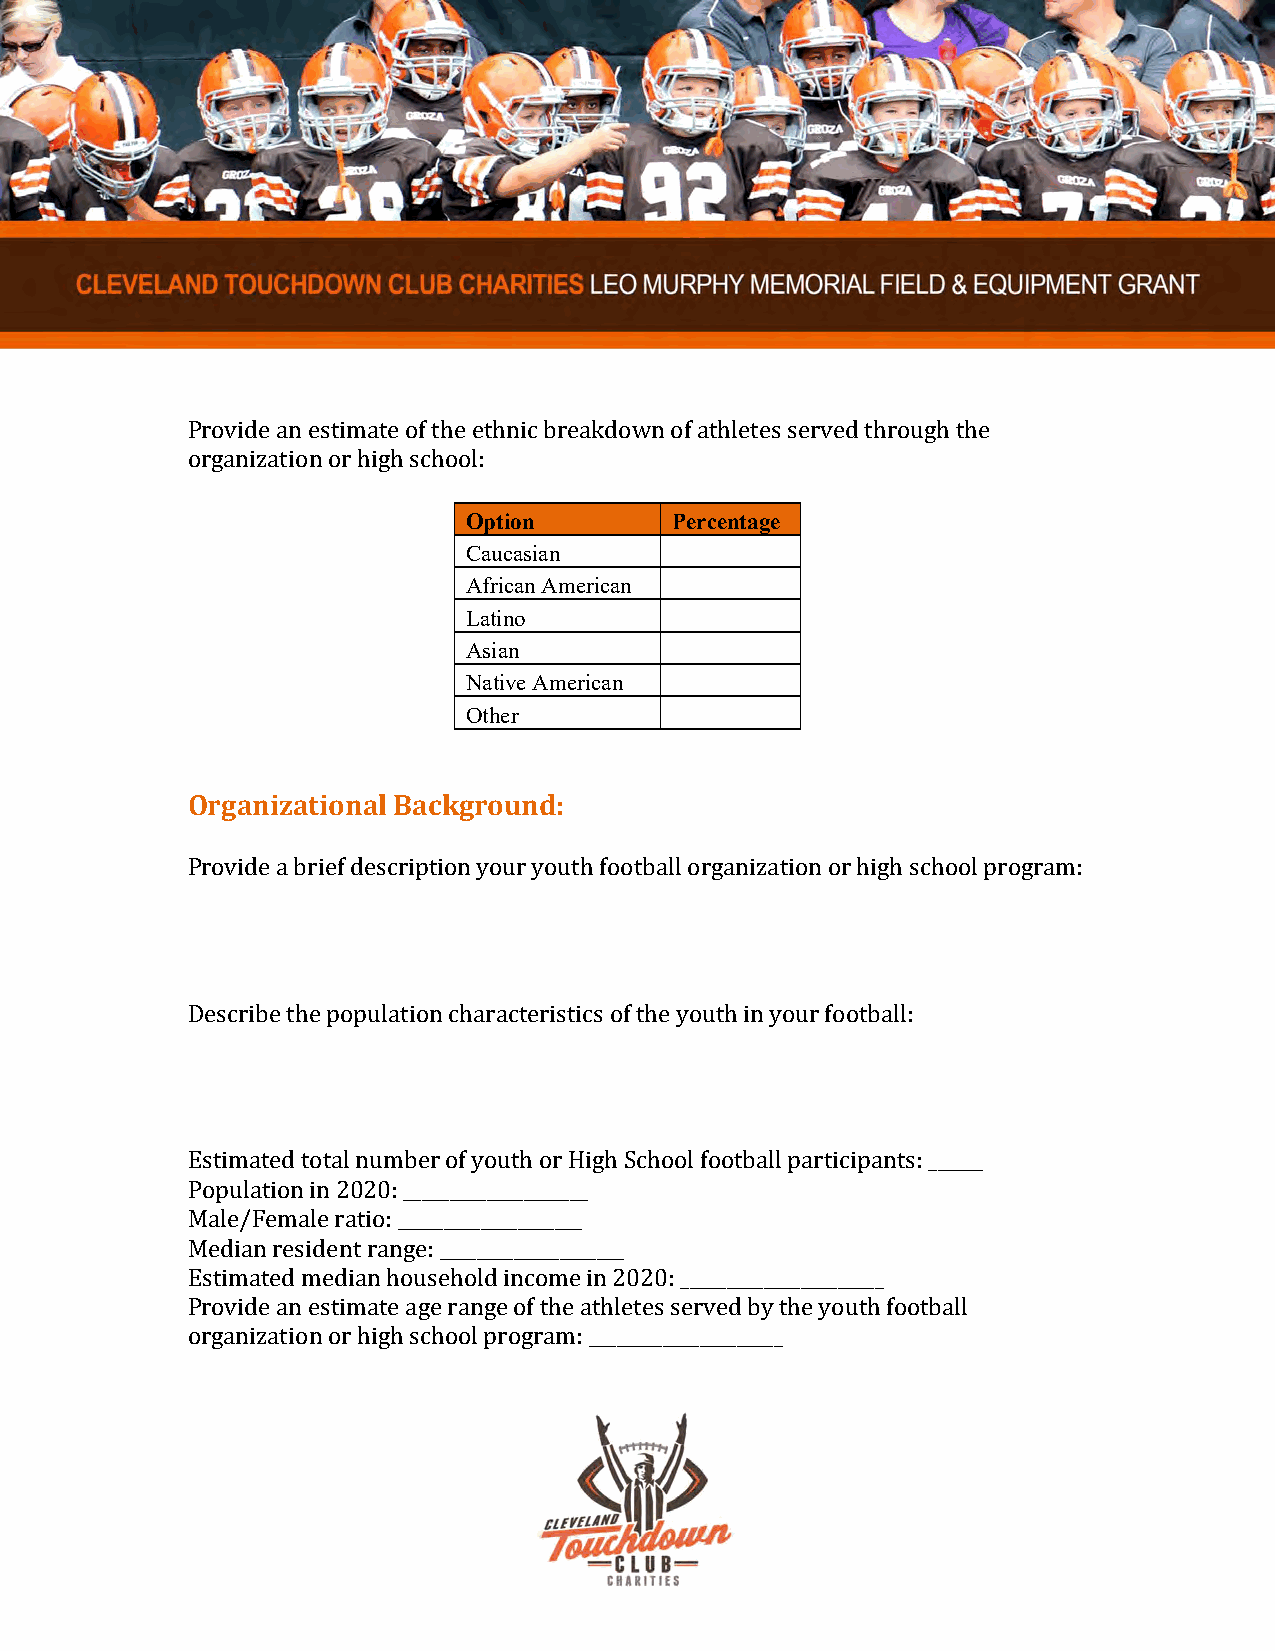
Provide an estimate of the ethnic breakdown of athletes served through the
 organization or high school:
 Option       Percentage
 Caucasian
 African American
 Latino
 Asian
 Native American
 Other
 Organizational Background:
 Provide a brief description your youth football organization or high school program:
 Describe the population characteristics of the youth in your football:
 Estimated total number of youth or High School football participants: ______
 Population in 2020: ____________________
 Male/Female ratio: ____________________
 Median resident range: ____________________
 Estimated median household income in 2020: ______________________
 Provide an estimate age range of the athletes served by the youth football
 organization or high school program: _____________________